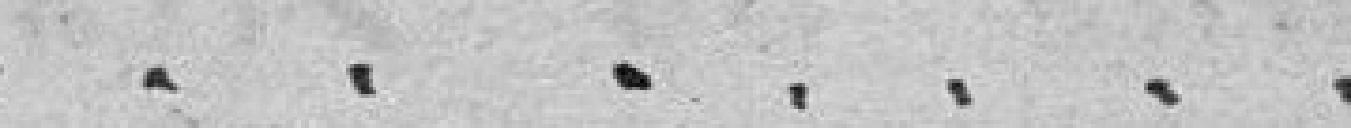
.............